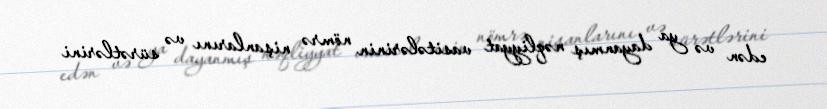
edən və ya dayanmış nəqliyyat vasitələrinin nömrə nişanlarını və sürətlərini